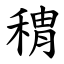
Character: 䅢